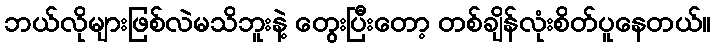
ဘယ်လိုများဖြစ်လဲမသိဘူးနဲ့ တွေးပြီးတော့ တစ်ချိန်လုံးစိတ်ပူနေတယ်။